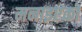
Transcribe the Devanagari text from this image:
मनाइएको